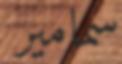
سمامير